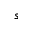
s